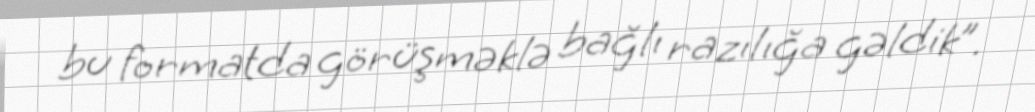
bu formatda görüşməklə bağlı razılığa gəldik”.